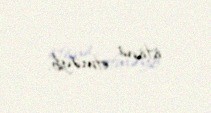
istisna etməyib.